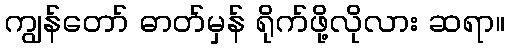
ကျွန်တော် ဓာတ်မှန် ရိုက်ဖို့လိုလား ဆရာ။